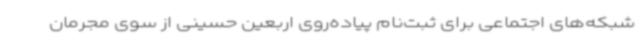
شبکه‌های اجتماعی برای ثبت‌نام پیاده‌روی اربعین حسینی از سوی مجرمان